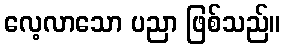
လေ့လာသော ပညာ ဖြစ်သည်။